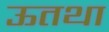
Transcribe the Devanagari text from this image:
ऊतथा